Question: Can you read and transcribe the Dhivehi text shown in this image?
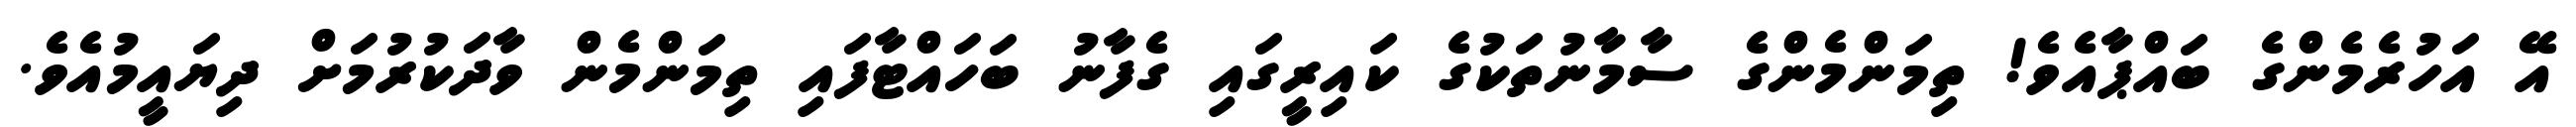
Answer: އޭ އަހުރެމެންގެ ބައްޕާއެވެ! ތިމަންމެންގެ ސާމާނުތަކުގެ ކައިރީގައި ގެފާނު ބަހައްޓާފައި ތިމަންމެން ވާދަކުރުމަށް ދިޔައީމުއެވެ.